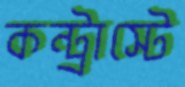
কন্ট্রাস্টে